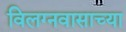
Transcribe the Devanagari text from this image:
विलग्नवासाच्या